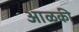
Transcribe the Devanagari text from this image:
आळकी